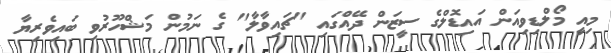
މިއީ މޯލްޑިވިއަން އައިޑޮލްގެ ސީޒަން ދޭއްގައި "ޗައިވާލާ" ގެ ނަމުން މަޝްހޫރުވި ބައިވެރިޔާ